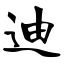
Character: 迪